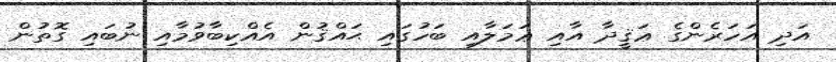
އަދި އަހަރެންގެ ޢަޤީދާ އާއި ޢަމަލާއި ބަހުގައި ޙައްޤުން އެއްކިބާވުމާއި ނުބައި ގޮތުން